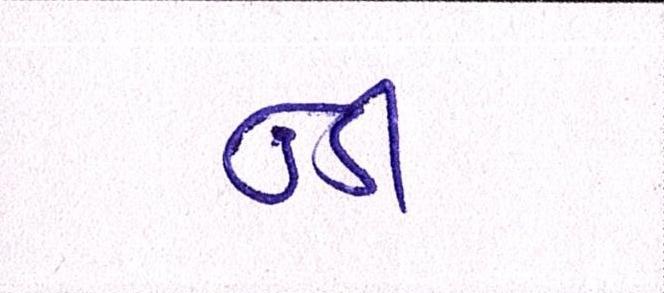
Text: ઉડી